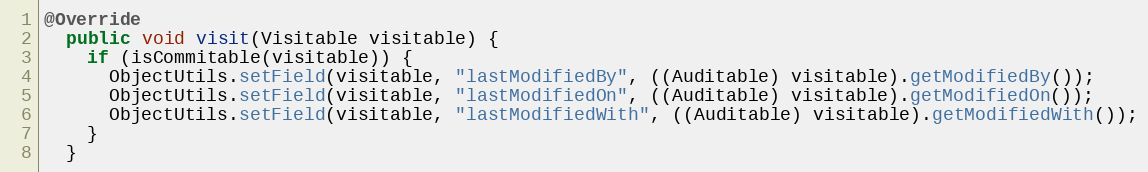
Language: Java
@Override
  public void visit(Visitable visitable) {
    if (isCommitable(visitable)) {
      ObjectUtils.setField(visitable, "lastModifiedBy", ((Auditable) visitable).getModifiedBy());
      ObjectUtils.setField(visitable, "lastModifiedOn", ((Auditable) visitable).getModifiedOn());
      ObjectUtils.setField(visitable, "lastModifiedWith", ((Auditable) visitable).getModifiedWith());
    }
  }